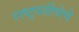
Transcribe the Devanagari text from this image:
राष्ट्रपतींचेचे